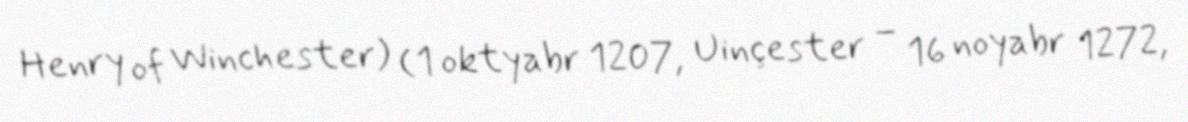
Henry of Winchester) (1 oktyabr 1207, Uinçester – 16 noyabr 1272,